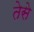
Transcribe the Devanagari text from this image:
तेसे